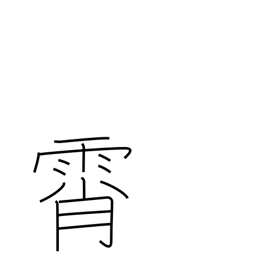
Meaning: sky